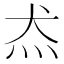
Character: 𱪬